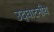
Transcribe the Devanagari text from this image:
उद्घाटनीय